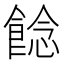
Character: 䭃